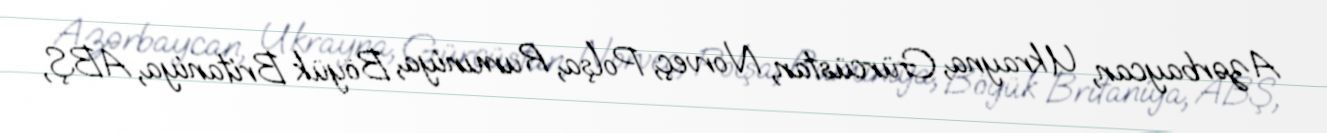
Azərbaycan, Ukrayna, Gürcüstan, Norveç, Polşa, Rumıniya, Böyük Britaniya, ABŞ,